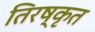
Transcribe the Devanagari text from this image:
तिरष्कृत